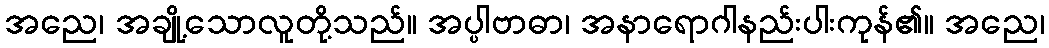
အညေ၊ အချို့သောလူတို့သည်။ အပ္ပါဗာဓာ၊ အနာရောဂါနည်းပါးကုန်၏။ အညေ၊